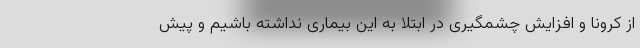
از کرونا و افزایش چشمگیری در ابتلا به این بیماری نداشته باشیم و پیش